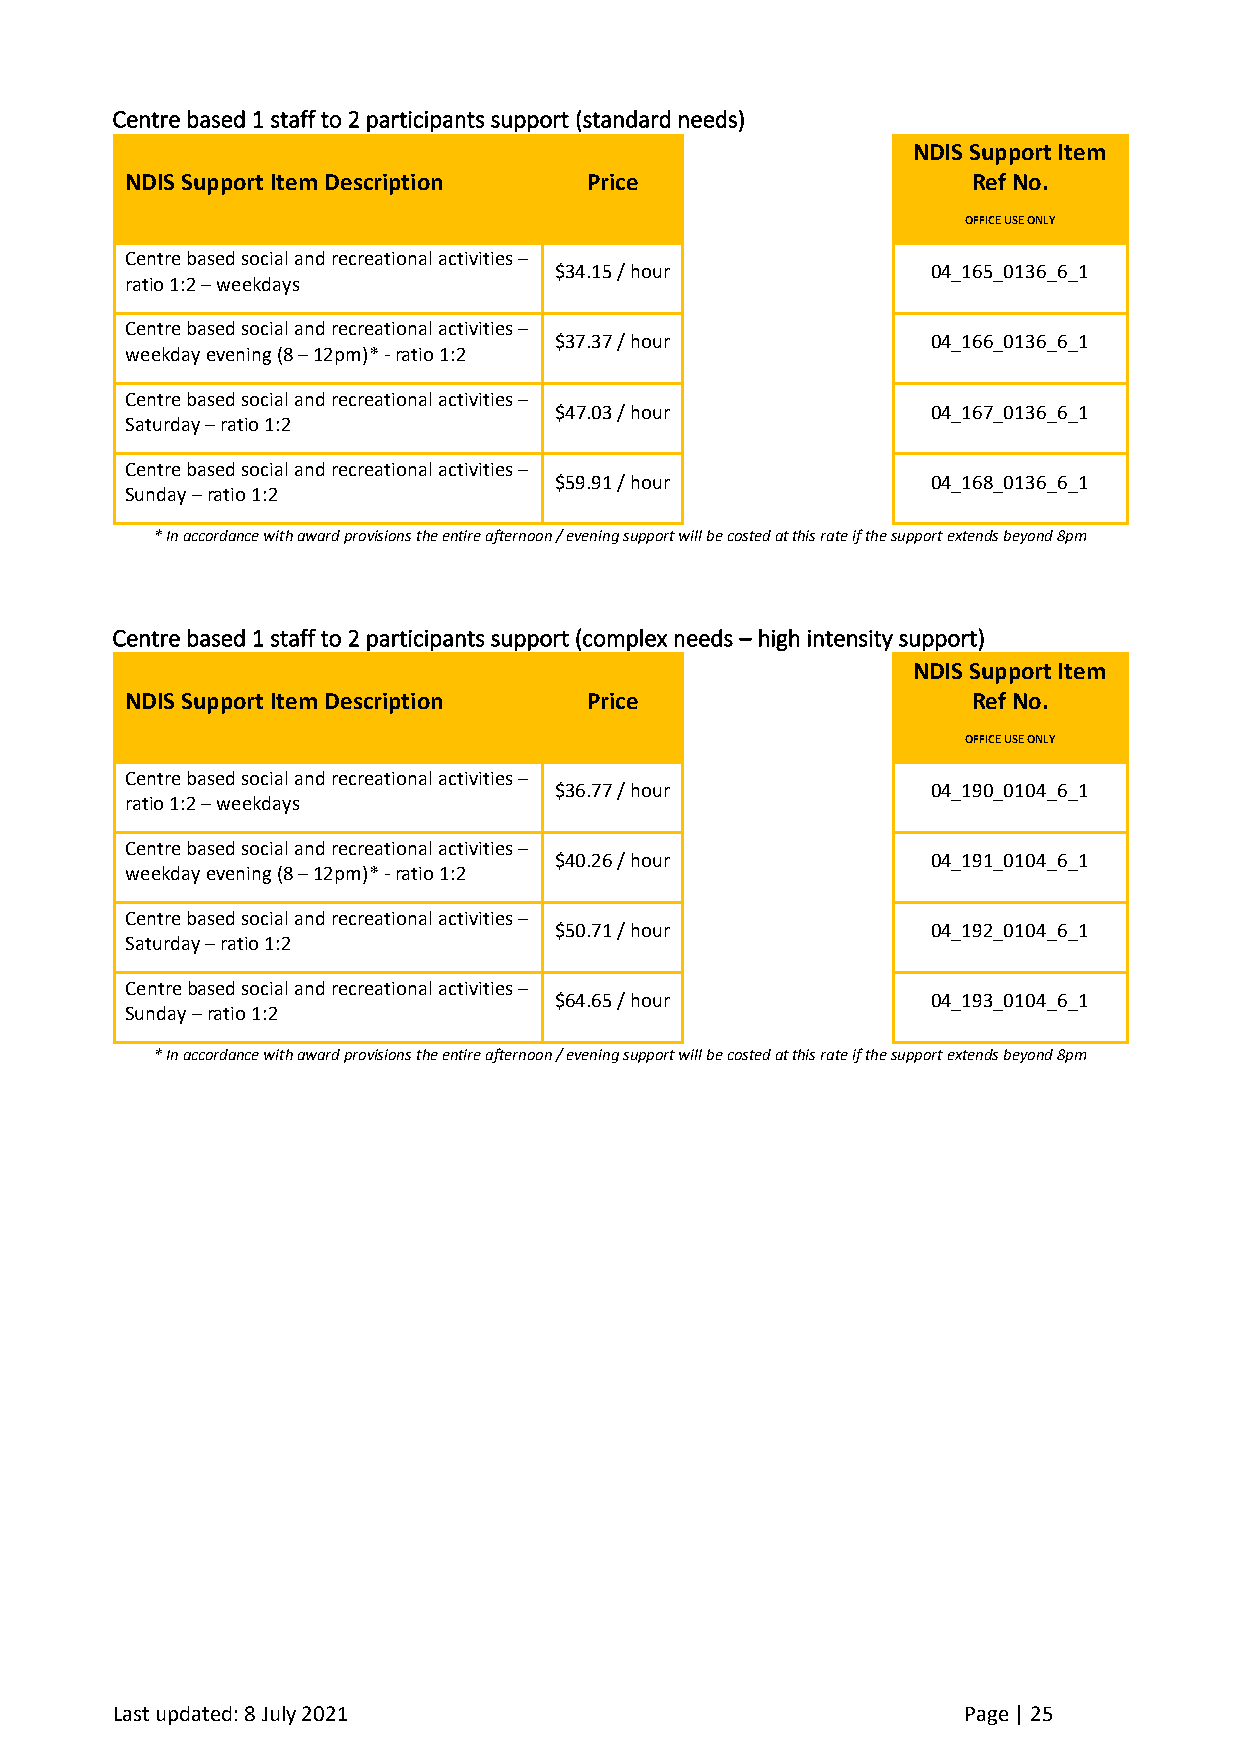
Centre based 1 staff to 2 participants support (standard needs)
 NDIS Support Item
 NDIS Support Item Description  Price                    Ref No.
 OFFICE USE ONLY
 Centre based social and recreational activities –
 $34.15 / hour            04_165_0136_6_1
 ratio 1:2 – weekdays
 Centre based social and recreational activities –
 $37.37 / hour            04_166_0136_6_1
 weekday evening (8 – 12pm)* - ratio 1:2
 Centre based social and recreational activities –
 $47.03 / hour            04_167_0136_6_1
 Saturday – ratio 1:2
 Centre based social and recreational activities –
 $59.91 / hour            04_168_0136_6_1
 Sunday – ratio 1:2
 * In accordance with award provisions the entire afternoon / evening support will be costed at this rate if the support extends beyond 8pm
 Centre based 1 staff to 2 participants support (complex needs – high intensity support)
 NDIS Support Item
 NDIS Support Item Description  Price                    Ref No.
 OFFICE USE ONLY
 Centre based social and recreational activities –
 $36.77 / hour            04_190_0104_6_1
 ratio 1:2 – weekdays
 Centre based social and recreational activities –
 $40.26 / hour            04_191_0104_6_1
 weekday evening (8 – 12pm)* - ratio 1:2
 Centre based social and recreational activities –
 $50.71 / hour            04_192_0104_6_1
 Saturday – ratio 1:2
 Centre based social and recreational activities –
 $64.65 / hour            04_193_0104_6_1
 Sunday – ratio 1:2
 * In accordance with award provisions the entire afternoon / evening support will be costed at this rate if the support extends beyond 8pm
 Last updated: 8 July 2021                                Page | 25